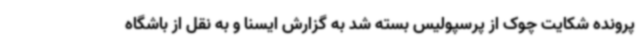
پرونده شکایت چوک از پرسپولیس بسته شد به گزارش ایسنا و به نقل از باشگاه